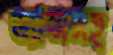
ড্যান্সসহ